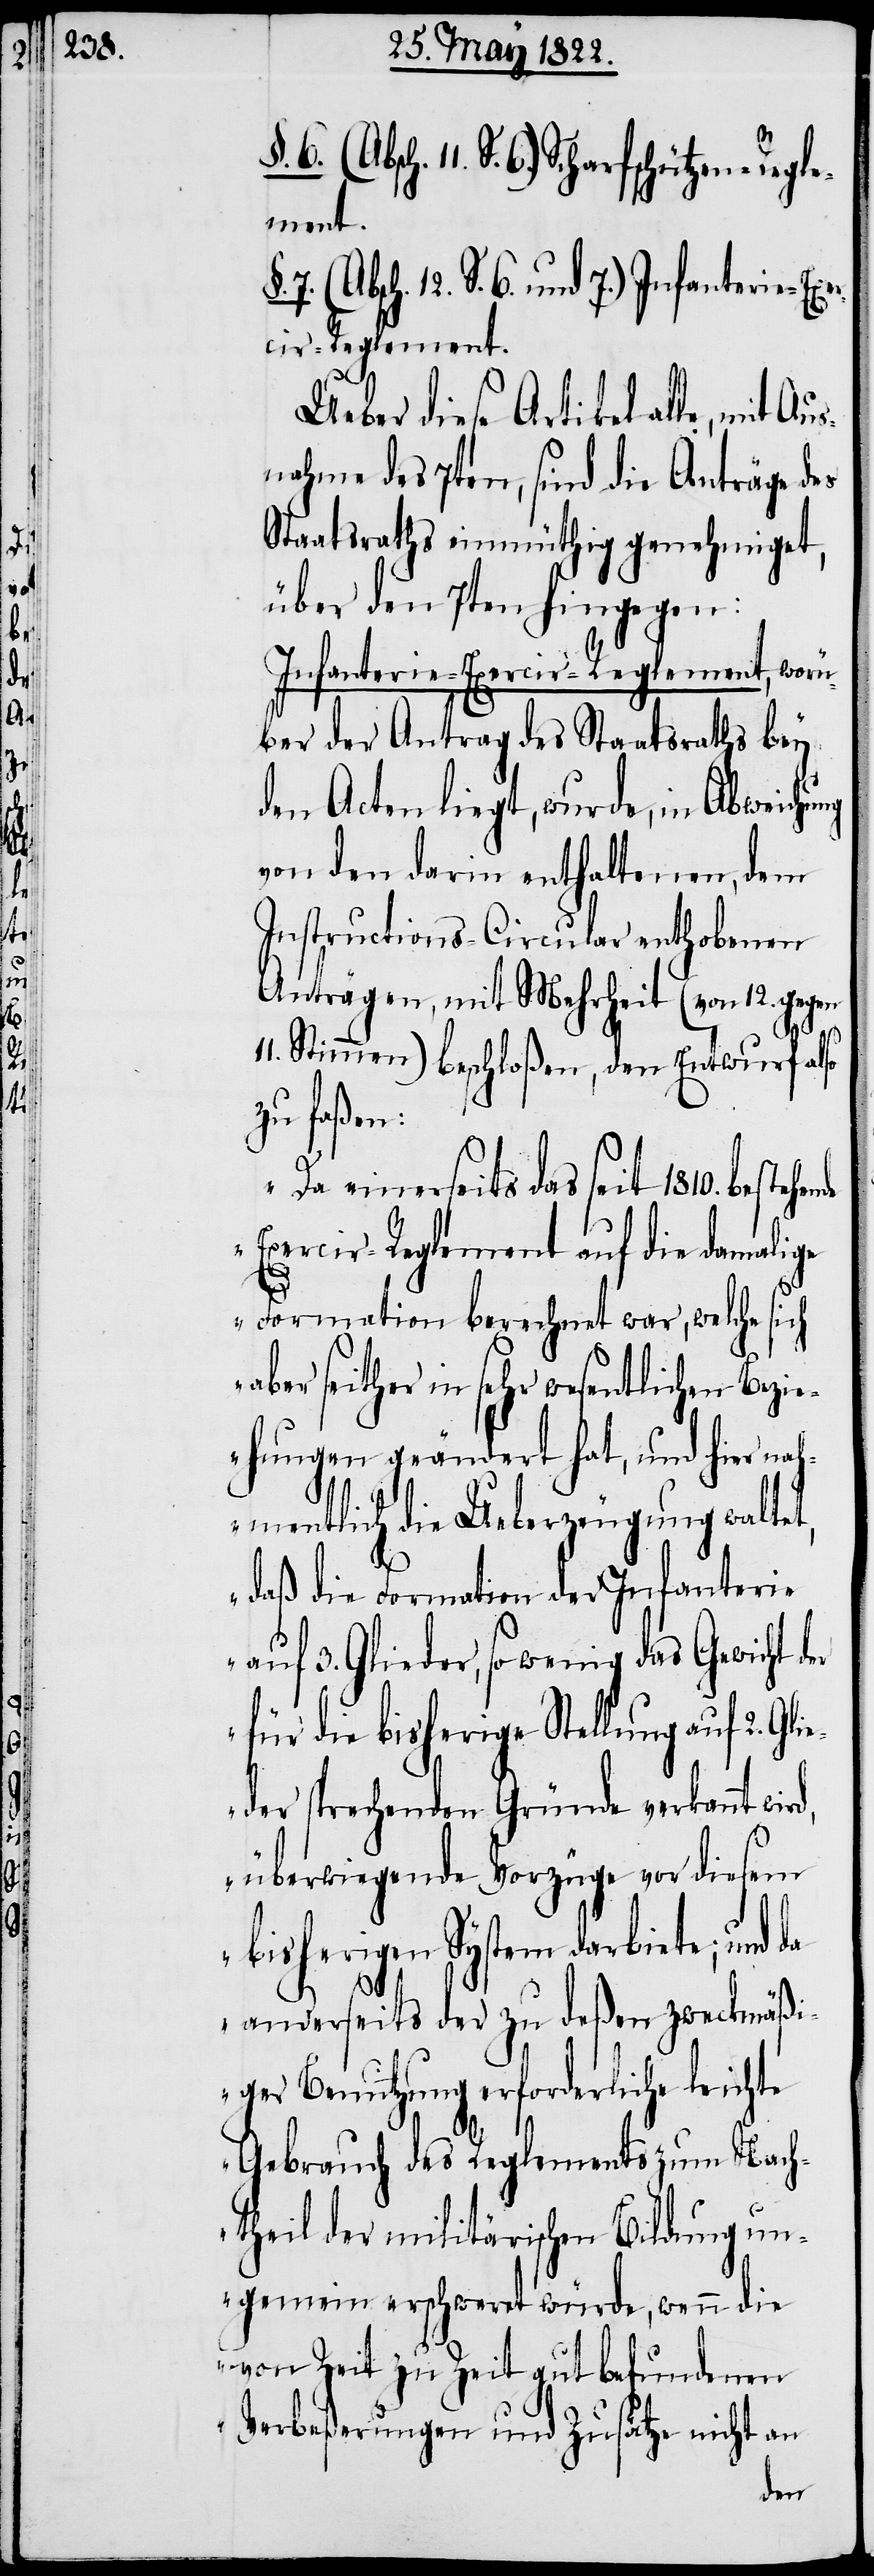
11. S. 6.) Scharfschützen-Regle¬
ment.
sch. 12. S. 6. und 7.) Infanterie-Exe¬
rcir-Reglement.
Ueber diese Artikel alle, mit
nahme des 7ten, sind die Anträge des
Staatsraths einmüthig genehmiget,
über den 7ten hingegen:
Infanterie-Exercir-Reglement, worü¬
ber der Antrag des Staatsraths bey
den Acten liegt, wurde in Abweichung
von den darin enthaltenen, dem
Instructions-Circular enthobenen
Anträgen, mit Mehrheit (von 12. gegen
11. Stimmen) beschloßen, den Entwurf also
zu faßen:
„Da einerseits das seit 1810. besteh¬
Exercir-Reglement auf die damalige
ende
Formation berechnet war, welche sich
aber seither in sehr wesentlichen Bezi¬
ehungen geändert hat, und hier nah¬
mentlich die Ueberzeugung waltet,
daß die Formation der Infanterie
auf 3. Glieder, so wenige das Gewicht der
für die bisherige Stellung auf 2. Gl¬
ieder sprechenden Gründe verkannt wi¬
überwiegende Vorzüge vor diesem
bisherigen System darbiete; und
da
anderseits der zu deßen zweckmäßi¬
ger Benutzung erforderliche leichte
Gebrauch des Reglements zum Nach¬
theil der militärischen Bildung un¬
gemein erschweret würde, wenn die
von Zeit zu Zeit gut befundenen
Verbeßerungen und Zusätze nicht an